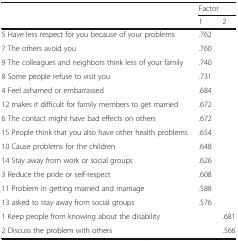
<table><thead><tr><td rowspan="2"></td><td colspan="2"><b>Factor</b></td></tr><tr><td><b>1</b></td><td><b>2</b></td></tr></thead><tbody><tr><td>5 Have less respect for you because of your problems</td><td>.762</td><td></td></tr><tr><td>7 The others avoid you</td><td>.760</td><td></td></tr><tr><td>9 The colleagues and neighbors think less of your family</td><td>.740</td><td></td></tr><tr><td>8 Some people refuse to visit you</td><td>.731</td><td></td></tr><tr><td>4 Feel ashamed or embarrassed</td><td>.684</td><td></td></tr><tr><td>12 makes it difficult for family members to get married</td><td>.672</td><td></td></tr><tr><td>6 The contact might have bad effects on others</td><td>.672</td><td></td></tr><tr><td>15 People think that you also have other health problems</td><td>.654</td><td></td></tr><tr><td>10 Cause problems for the children</td><td>.648</td><td></td></tr><tr><td>14 Stay away from work or social groups</td><td>.626</td><td></td></tr><tr><td>3 Reduce the pride or self-respect</td><td>.608</td><td></td></tr><tr><td>11 Problem in getting married and marriage</td><td>.588</td><td></td></tr><tr><td>13 asked to stay away from social groups</td><td>.576</td><td></td></tr><tr><td>1 Keep people from knowing about the disability</td><td></td><td>.681</td></tr><tr><td>2 Discuss the problem with others</td><td></td><td>.566</td></tr></tbody></table>